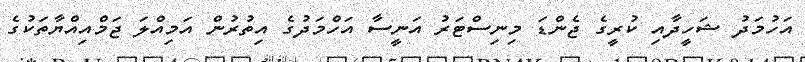
އަހުމަދު ޝަހީދާއި ކުރީގެ ޖެންޑަ މިނިސްޓަރު އަނީސާ އަހްމަދުގެ އިތުރުން އަމިއްލަ ޖަމްއިއްޔާތަކުގެ